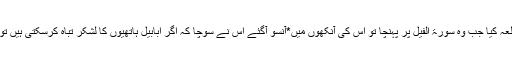
ماؤزے تنگ نے قرآن پاک کا مطالعہ کیا جب وہ سورۃ الفیل پر پہنچا تو اس کی آنکھوں میں*آنسو آگئے اس نے سوچا کہ اگر ابابیل ہاتھیوں کا لشکر تباہ کرسکتی ہیں تو ہم انسان ایسا کیوں نہیں کرسکتے۔